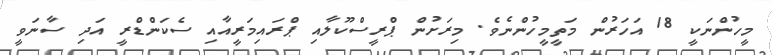
މީހުންނަކީ 18 އަހަރުން މަތީމީހުންނެވެ. މިރަށުން ޕްރީސްކޫލާއި ޕްރައިމަރީއާއި ސެކަންޑްރީ އަދި ސާނަވީ